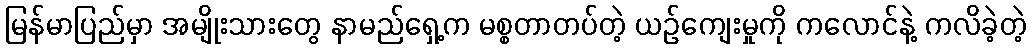
မြန်မာပြည်မှာ အမျိုးသားတွေ နာမည်ရှေ့က မစ္စတာတပ်တဲ့ ယဉ်ကျေးမှုကို ကလောင်နဲ့ ကလိခဲ့တဲ့